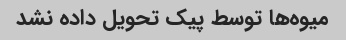
میوه‌ها توسط پیک تحویل داده نشد